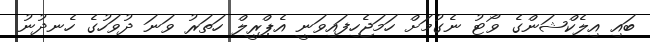
ބައި އިލެކްޝަންގެ ވޯޓު ނެގުމަށް ހަމަޖެހިފައިވަނީ އެޕްރީލް ހަތަރު ވަނަ ދުވަހުގެ ހެނދުނު